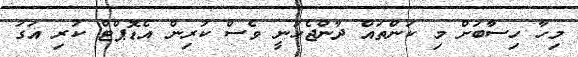
މިހާ ހިސާބަށް މި ކަންތައް ދާންޖެހުނީ ވެސް ކުރިން އެޑޮޕްޓް ކުރި އަގު